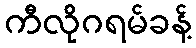
ကီလိုဂရမ်ခန့်